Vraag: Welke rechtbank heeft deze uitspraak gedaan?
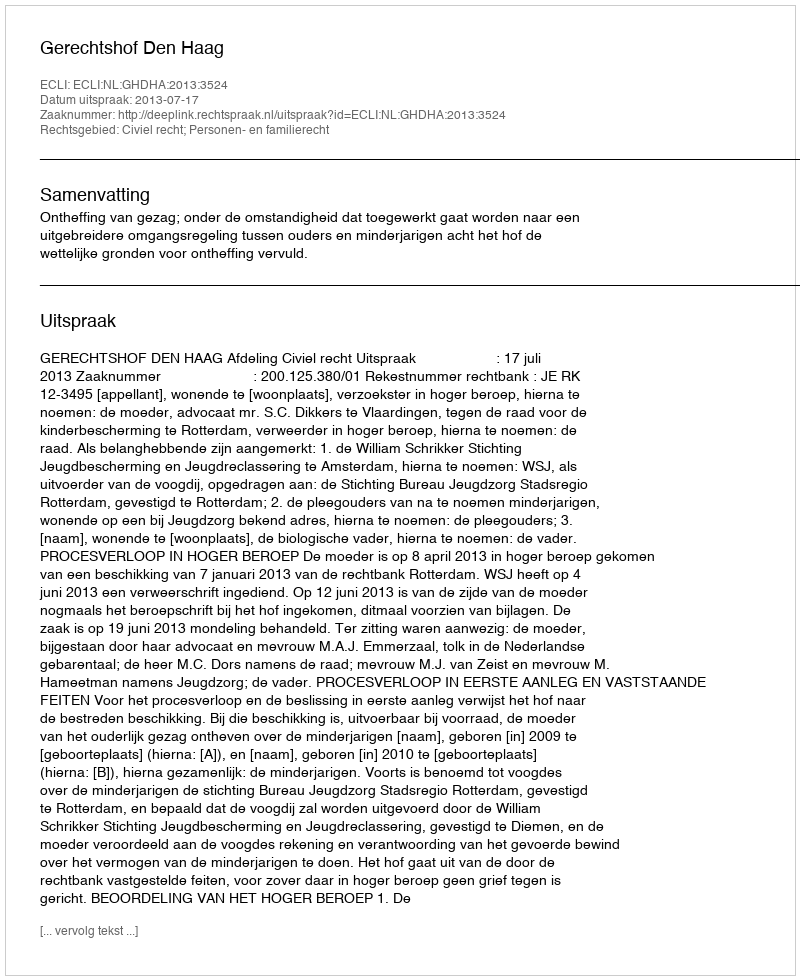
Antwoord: Gerechtshof Den Haag